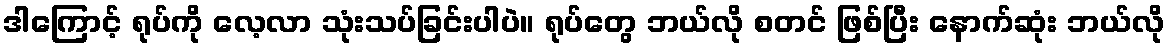
ဒါကြောင့် ရုပ်ကို လေ့လာ သုံးသပ်ခြင်းပါပဲ။ ရုပ်တွေ ဘယ်လို စတင် ဖြစ်ပြီး နောက်ဆုံး ဘယ်လို